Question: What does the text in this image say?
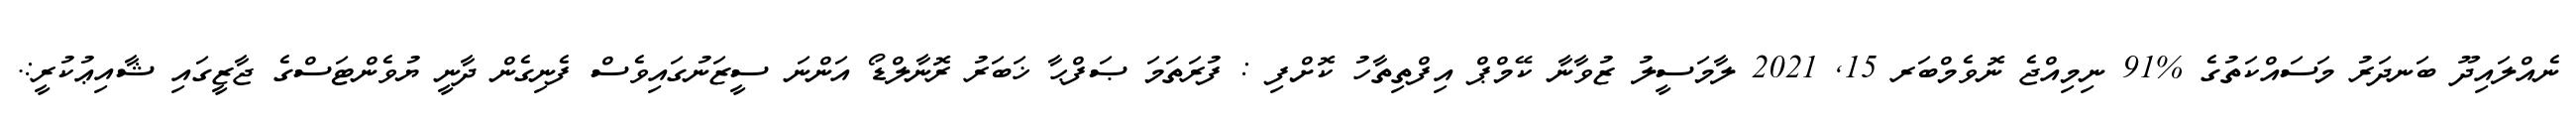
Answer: ނެއްލައިދޫ ބަނދަރު މަސައްކަތުގެ %91 ނިމިއްޖެ ނޮވެމްބަރ 15, 2021 ލާމަސީލު ޒުވާނާ ކޭމްޕް އިފްތިތާހު ކޮށްފި : ފުރަތަމަ ޞަފްޙާ ޚަބަރު ރޮނާލްޑޯ އަންނަ ސީޒަނުގައިވެސް ފެނިގެން ދާނީ ޔުވެންޓަސްގެ ޖާޒީގައި ޝާއިޢުކުރީ:.